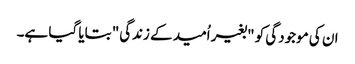
ان کی موجودگی کو "بغیر اُمید کے زندگی" بتایا گیا ہے۔